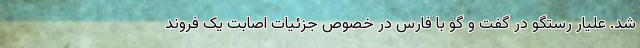
شد. علیار رستگو در گفت و گو با فارس در خصوص جزئیات اصابت یک فروند